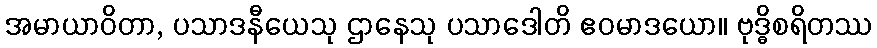
အမာယာဝိတာ, ပသာဒနီယေသု ဌာနေသု ပသာဒေါတိ ဧဝမာဒယော။ ဗုဒ္ဓိစရိတဿ